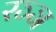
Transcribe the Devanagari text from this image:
रञ्ञ